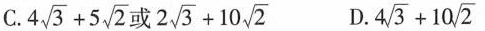
C. $$4 \sqrt{3}+5 \sqrt{2}$$ D.4 $$4 \sqrt{3}+10 \sqrt{2}$$